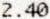
2.40